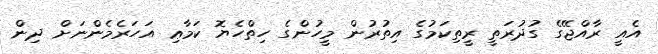
އެއީ ރާއްޖޭގެ ގުދުރަތީ ރީތިކަމުގެ އިތުުރުން މީހުންގެ ހިތްހެޔޮ ކަމާޢި އަހަރެމެންނަށް ދިން